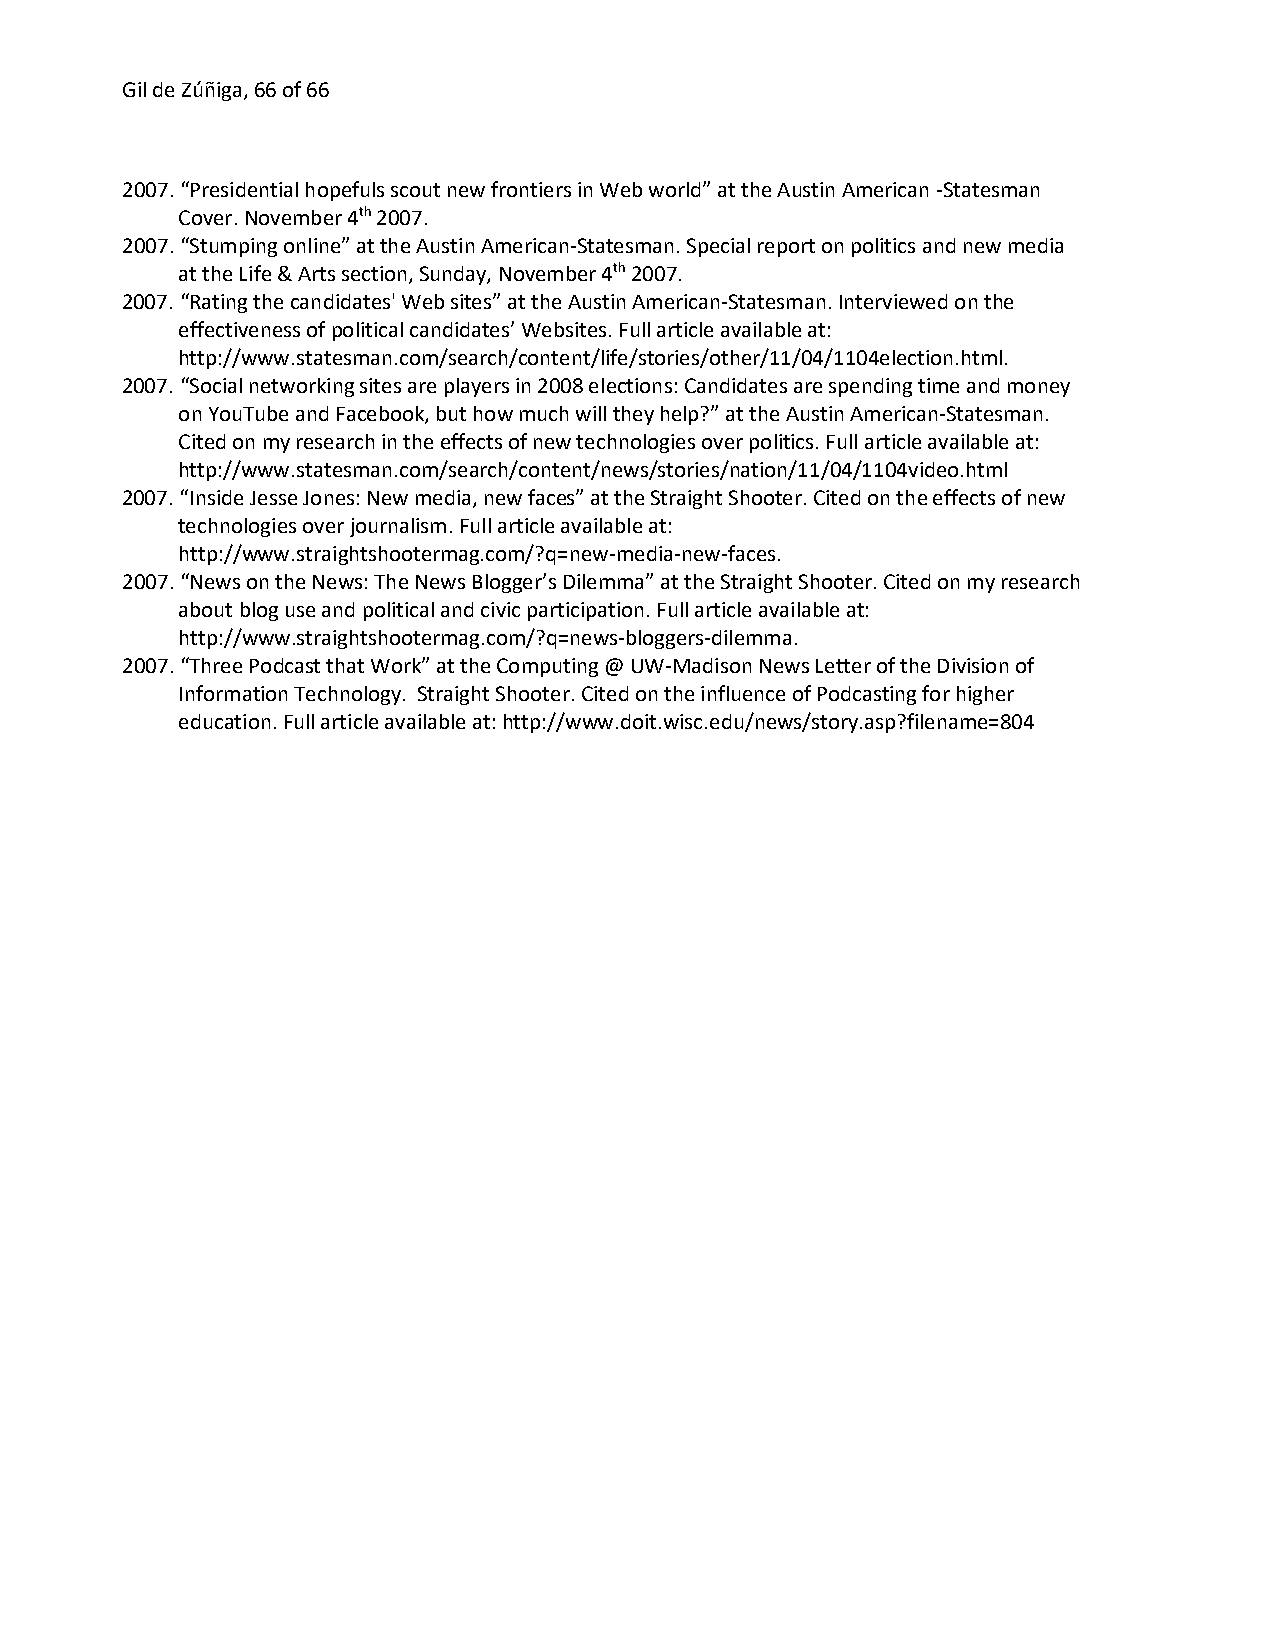
Gil de Zúñiga, 66 of 66
 2007. “Presidential hopefuls scout new frontiers in Web world” at the Austin American -Statesman
 Cover. November 4th 2007.
 2007. “Stumping online” at the Austin American-Statesman. Special report on politics and new media
 at the Life & Arts section, Sunday, November 4th 2007.
 2007. “Rating the candidates' Web sites” at the Austin American-Statesman. Interviewed on the
 effectiveness of political candidates’ Websites. Full article available at:
 http://www.statesman.com/search/content/life/stories/other/11/04/1104election.html.
 2007. “Social networking sites are players in 2008 elections: Candidates are spending time and money
 on YouTube and Facebook, but how much will they help?” at the Austin American-Statesman.
 Cited on my research in the effects of new technologies over politics. Full article available at:
 http://www.statesman.com/search/content/news/stories/nation/11/04/1104video.html
 2007. “Inside Jesse Jones: New media, new faces” at the Straight Shooter. Cited on the effects of new
 technologies over journalism. Full article available at:
 http://www.straightshootermag.com/?q=new-media-new-faces.
 2007. “News on the News: The News Blogger’s Dilemma” at the Straight Shooter. Cited on my research
 about blog use and political and civic participation. Full article available at:
 http://www.straightshootermag.com/?q=news-bloggers-dilemma.
 2007. “Three Podcast that Work” at the Computing @ UW-Madison News Letter of the Division of
 Information Technology. Straight Shooter. Cited on the influence of Podcasting for higher
 education. Full article available at: http://www.doit.wisc.edu/news/story.asp?filename=804